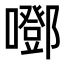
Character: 𡂱